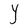
Character: Y